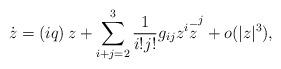
LaTeX: \begin{align*}\dot{z}=\left( iq\right) z+\sum\limits_{i+j=2}^{3}\frac{1}{i!j!}g_{ij}z^{i}\overset{-}{z}^{j}+o(|z|^{3}), \end{align*}